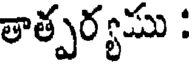
తాత్పర్యము :